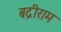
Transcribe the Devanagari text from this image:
बद्रीराम